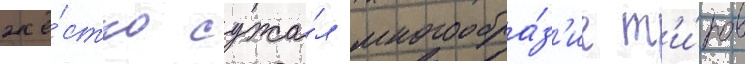
жё́стко сужа́л многообра́з'ие т'и́пов